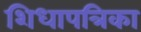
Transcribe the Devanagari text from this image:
शिधापत्रिका